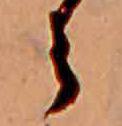
ら